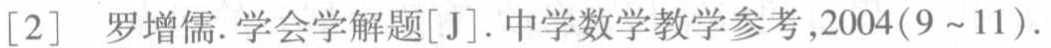
[2] 罗增儒.学会学解题[J].中学数学教学参考,2004(9~11).